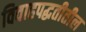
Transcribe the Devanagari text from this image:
विवाहपद्धतीतील